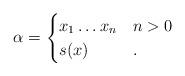
LaTeX: \begin{align*}\alpha = \begin{cases} x_1\dots x_{n} & n>0 \\ s(x) &. \end{cases}\end{align*}